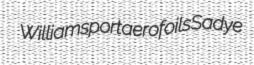
Williamsport aerofoils Sadye